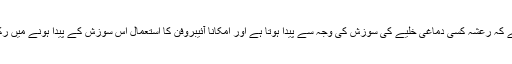
بعض محققین کا خیال ہے کہ رعشہ کسی دماغی خلیے کی سوزش کی وجہ سے پیدا ہوتا ہے اور امکاناً آئیبروفن کا استعمال اس سوزش کے پیدا ہونے میں رکاوٹ کا باعث بنتا ہو گا۔